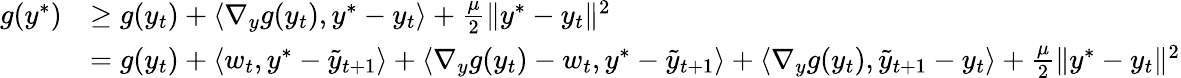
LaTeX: \begin{array}{rl}{g(y^{*})}&{\geq g(y_{t})+\langle\nabla_{y}g(y_{t}),y^{*}-y_{t}\rangle+\frac{\mu}{2}\| y^{*}-y_{t}\| ^{2}}\\ &{=g(y_{t})+\langle w_{t},y^{*}-\tilde{y}_{t+1}\rangle+\langle\nabla_{y}g(y_{t})-w_{t},y^{*}-\tilde{y}_{t+1}\rangle+\langle\nabla_{y}g(y_{t}),\tilde{y}_{t+1}-y_{t}\rangle+\frac{\mu}{2}\| y^{*}-y_{t}\| ^{2}}\end{array}